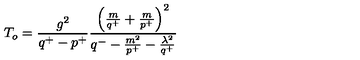
T _ { o } = \frac { g ^ { 2 } } { q ^ { + } - p ^ { + } } \frac { \left( \frac { m } { q ^ { + } } + \frac { m } { p ^ { + } } \right) ^ { 2 } } { q ^ { - } - \frac { m ^ { 2 } } { p ^ { + } } - \frac { \lambda ^ { 2 } } { q ^ { + } } }